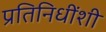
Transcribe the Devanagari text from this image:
प्रतिनिधींशी